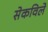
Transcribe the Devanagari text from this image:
सेकविले